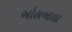
બોલબાલા